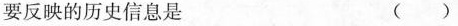
要反映的历史信息是 ( )